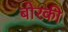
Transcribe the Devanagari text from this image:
बोरकी